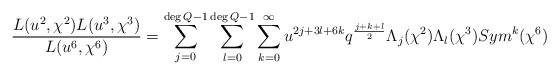
LaTeX: \begin{align*}\frac{L(u^{2},\chi^{2})L(u^{3},\chi^{3})}{L(u^{6},\chi^{6})}=\sum_{j=0}^{\deg Q-1}\sum_{l=0}^{\deg Q-1}\sum_{k=0}^{\infty}u^{2j+3l+6k}q^{\frac{j+k+l}{2}}\Lambda_{j}(\chi^{2})\Lambda_{l}(\chi^{3})Sym^{k}(\chi^{6})\end{align*}